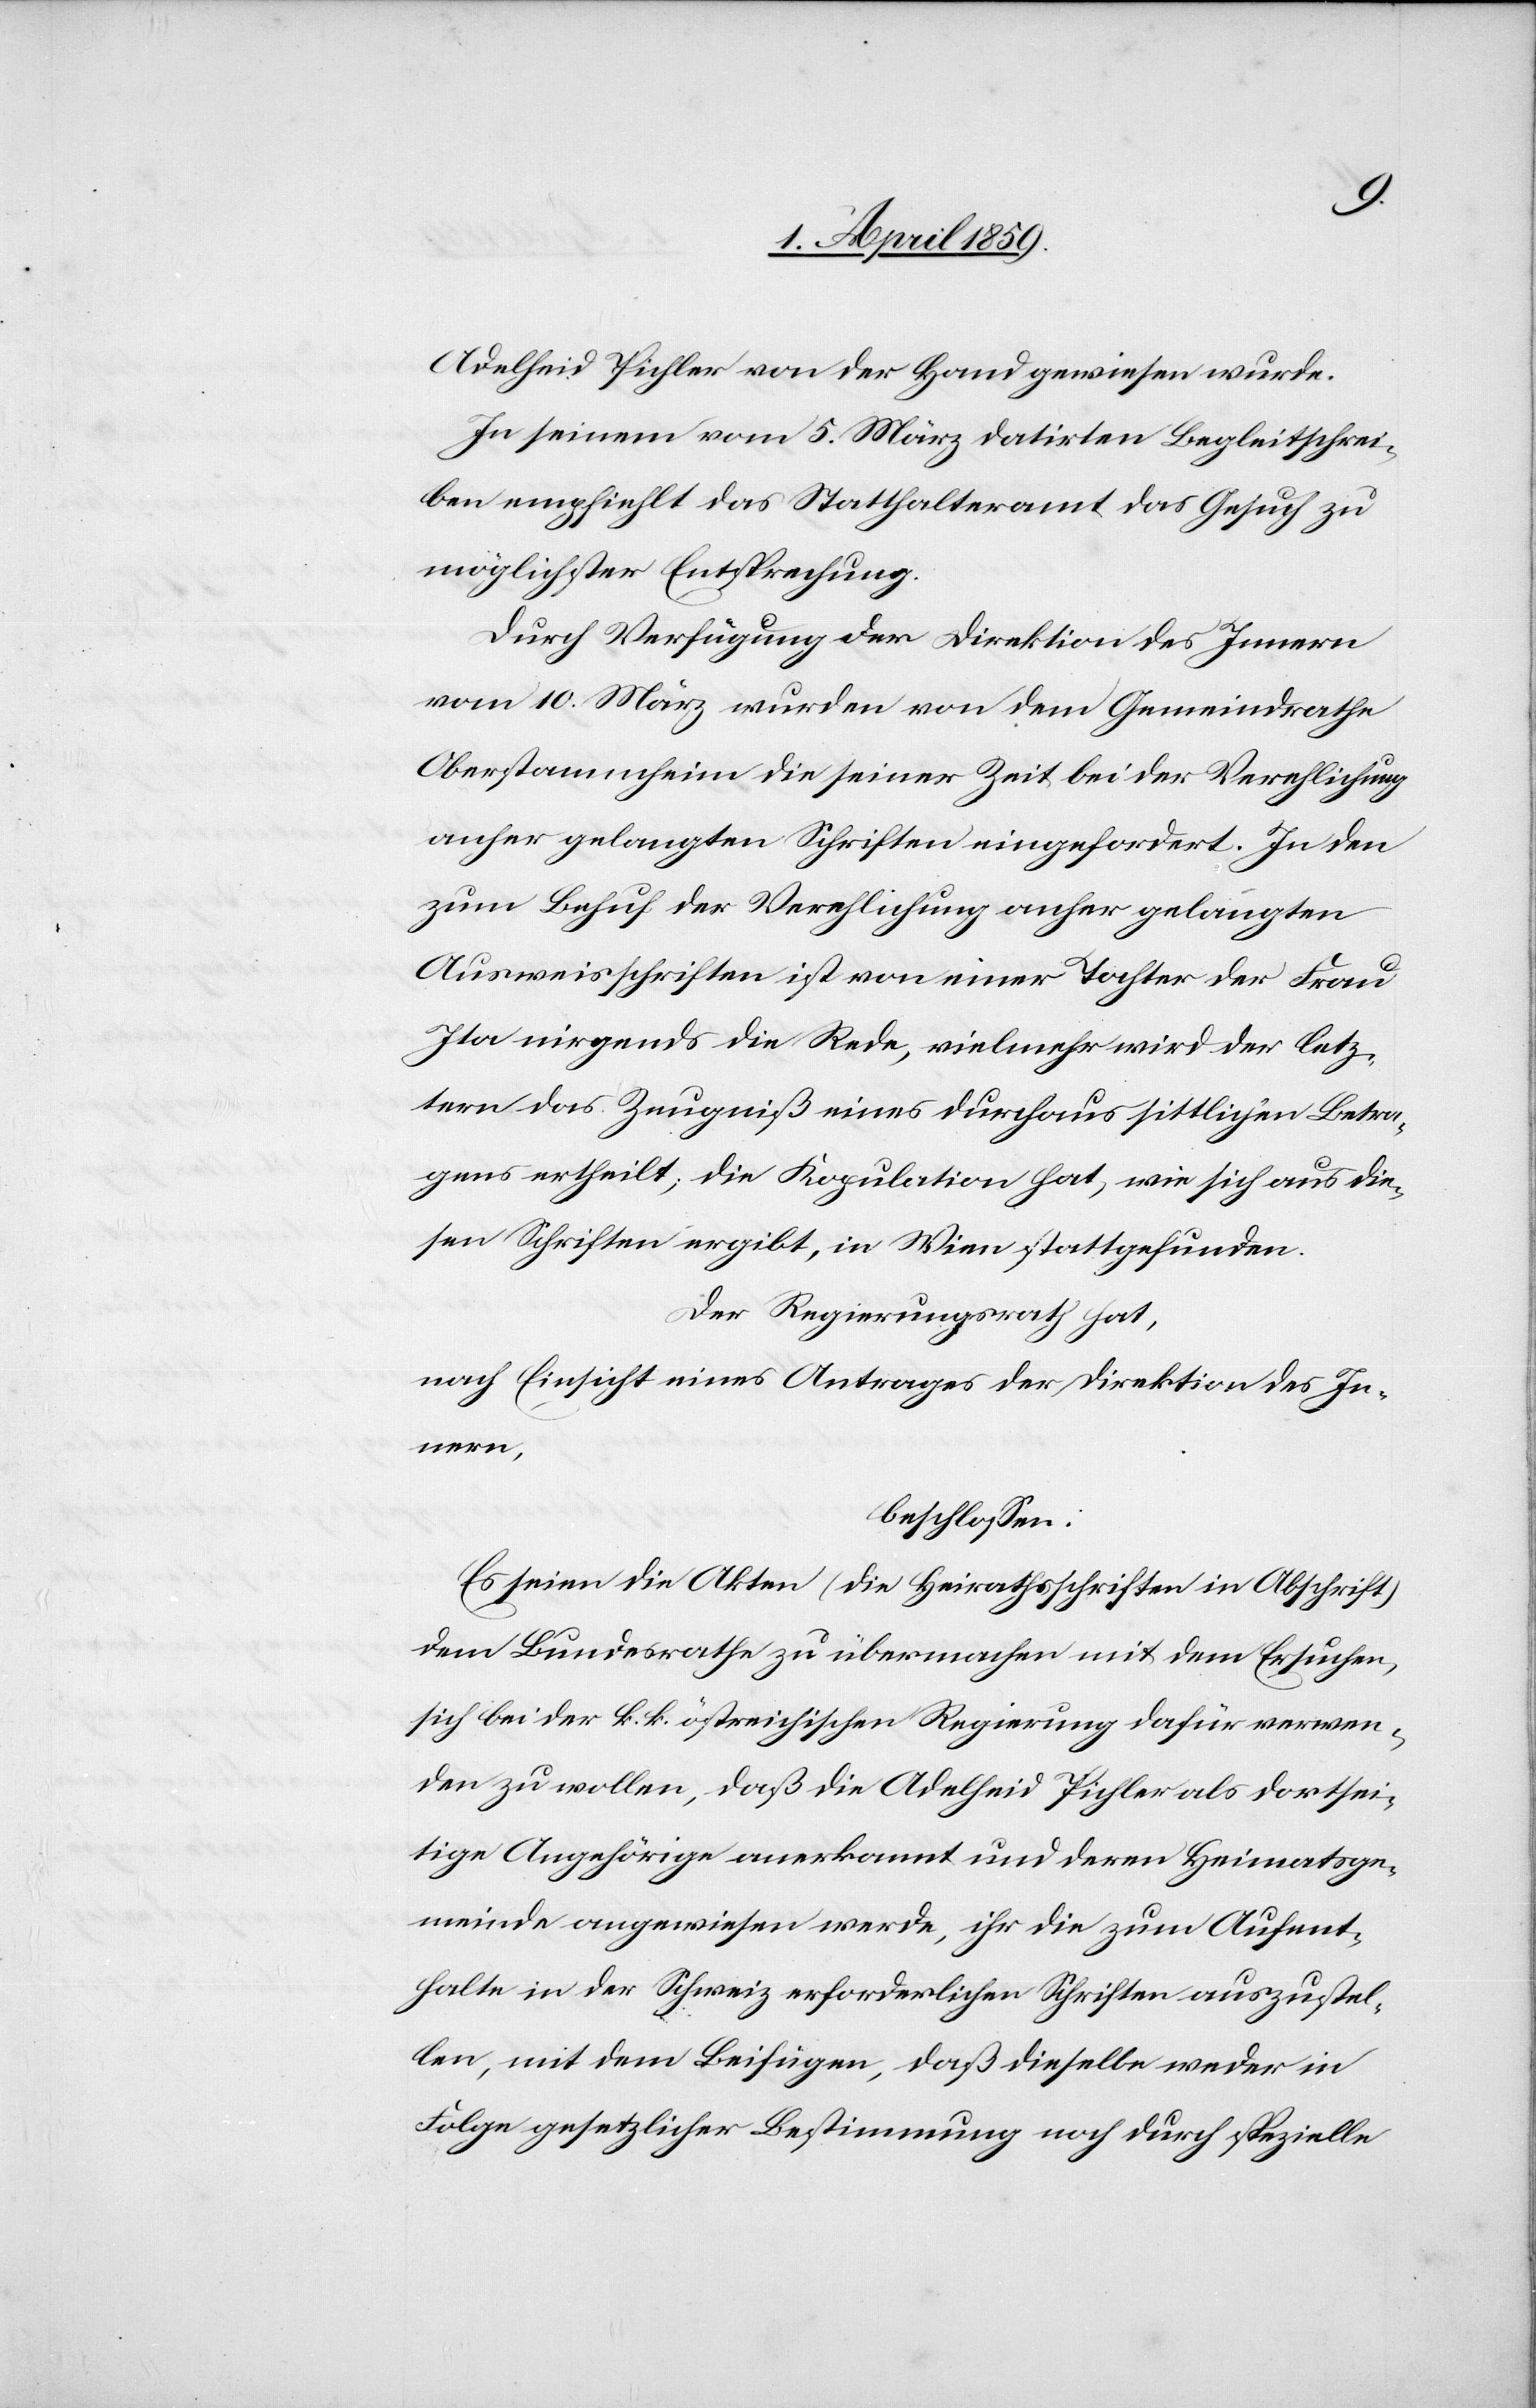
Adelheid Pichler von der Hand gewiesen wurde.
In seinem vom 5. März datirten Begleitschrei¬
ben empfliehlt das Statthalteramt das Gesuch zu
möglichster Entsprechung.
Durch Verfügung der Direktion des Innern
vom 10. März wurden von dem Gemeindrathe
Oberstammheim die seiner Zeit bei der Verehlichung
anher gelangten Schriften eingefordert. In den
zum Behuf der Verehlichung anher gelangten
Ausweisschriften ist von einer Tochter der Frau
Ita nirgends die Rede, vielmehr wird der letz¬
tern das Zeugniß eines durchaus sittlichen Betra¬
gens ertheilt; die Kopulation hat, wie sich aus die¬
sen Schriften ergibt, in Wien stattgefunden.
Der Regierungsrath hat,
nach Einsicht eines Antrages der Direktion des In¬
nern,
beschloßen:
Es seien die Akten (die Heimatsschriften in Abschrift)
dem Bundesrathe zu übermachen mit dem Ersuchen,
sich bei der k. k. östreichischen Regierung dafür verwen¬
den zu wollen, daß die Adelheid Pichler als dortsei¬
tige Angehörige anerkannt und deren Heimatsge¬
meinde angewiesen werde, ihr die zum Aufent¬
halte in der Schweiz erforderlichen Schriften auszustel¬
len, mit dem Beifügen, daß dieselbe weder in
Folge gesetzlicher Bestimmung noch durch spezielle